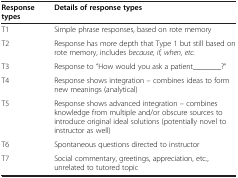
<table><thead><tr><td><b>Response types</b></td><td><b>Details of response types</b></td></tr></thead><tbody><tr><td>T1</td><td>Simple phrase responses, based on rote memory</td></tr><tr><td>T2</td><td>Response has more depth that Type 1 but still based on rote memory, includes <i>because, if, when, etc.</i></td></tr><tr><td>T3</td><td>Response to “How would you ask a patient_______?”</td></tr><tr><td>T4</td><td>Response shows integration – combines ideas to form new meanings (analytical)</td></tr><tr><td>T5</td><td>Response shows advanced integration – combines knowledge from multiple and/or obscure sources to introduce original ideal solutions (potentially novel to instructor as well)</td></tr><tr><td>T6</td><td>Spontaneous questions directed to instructor</td></tr><tr><td>T7</td><td>Social commentary, greetings, appreciation, etc., unrelated to tutored topic</td></tr></tbody></table>